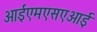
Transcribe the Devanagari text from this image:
आईएमएसएआई